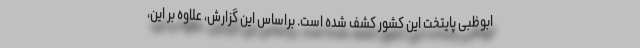
ابوظبی پایتخت این کشور کشف شده است. براساس این گزارش، علاوه بر این،